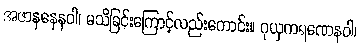
အဇာနနေနဝါ၊ မသိခြင်းကြောင့်လည်းကောင်း။ ဂုယှကရဏေနဝါ၊